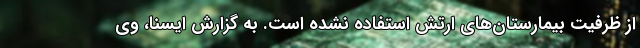
از ظرفیت بیمارستان‌های ارتش استفاده نشده است. به گزارش ایسنا، وی